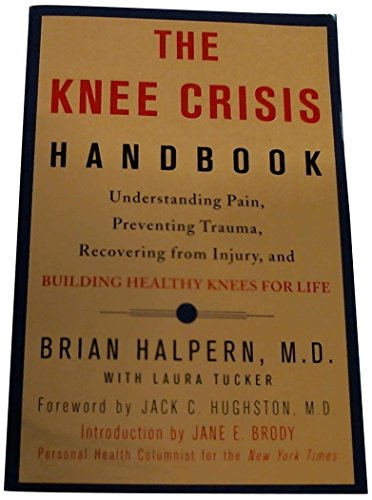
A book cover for The Knee Crisis Handbook: Understanding Pain, Preventing Trauma, Recovering from Injury, and Building Healthy Knees for Life; Brian Halpern; Health, Fitness & Dieting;